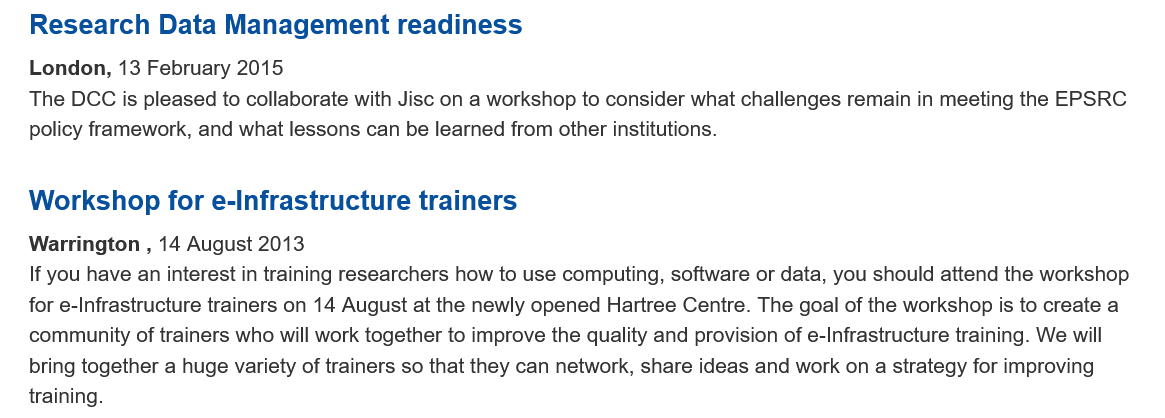
Research    Data  Management    readiness
   London, 13  February 2015
   The DCC is pleased to collaborate with Jisc on a workshop to consider what challenges remain in meeting the EPSRC
   policy framework, and what lessons can be learned from other institutions.
   Workshop   for  e-Infrastructure    trainers
   Warrington
     ,
     14 August 2013
   If you have an interest in training researchers how to use computing, software or data, you should attend the workshop
   for e-Infrastructure trainers on 14 August at the newly opened Hartree Centre. The goal of the workshop is to create a
   community  of trainers who will work together to improve the quality and provision of e-Infrastructure training. We will
   bring together a huge variety of trainers so that they can network, share ideas and work on a strategy for improving
   training.